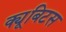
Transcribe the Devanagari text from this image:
क्यूबिटस